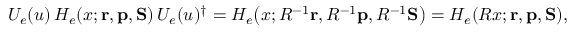
U _ { e } ( u ) \, H _ { e } ( x ; { \mathbf { r } } , { \mathbf { p } } , { \mathbf { S } } ) \, U _ { e } ( u ) ^ { \dagger } = H _ { e } \bigl ( x ; R ^ { - 1 } { \mathbf { r } } , R ^ { - 1 } { \mathbf { p } } , R ^ { - 1 } { \mathbf { S } } \bigr ) = H _ { e } ( R x ; { \mathbf { r } } , { \mathbf { p } } , { \mathbf { S } } ) ,